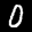
Label: 0